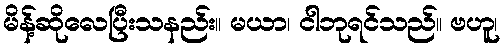
မိန့်ဆိုလေပြီးသနည်း။ မယာ၊ ငါဘုရင်သည်။ ဗဟူ၊